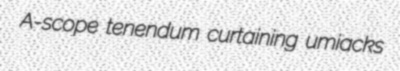
A-scope tenendum curtaining umiacks